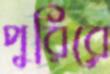
পুরিরে